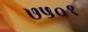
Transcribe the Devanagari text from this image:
७५०१